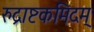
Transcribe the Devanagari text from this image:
रुद्राष्टकमिदम्